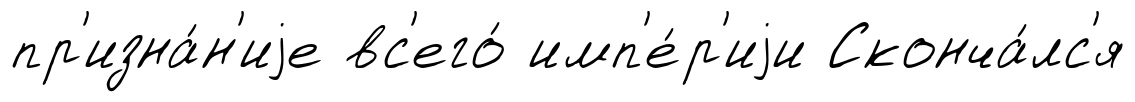
пр'изна́н'иjе вс'его́ имп'е́р'иjи Сконча́лс'я